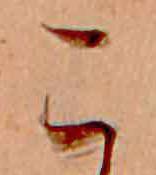
こ